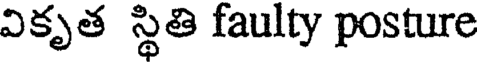
వికృత స్థితి faulty posture